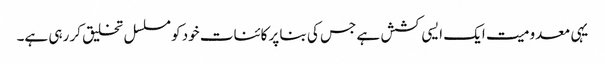
یہی معدومیت ایک ایسی کشش ہے جس کی بنا پر کائنات خود کو مسلسل تخلیق کر رہی ہے۔